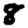
Digit: 8